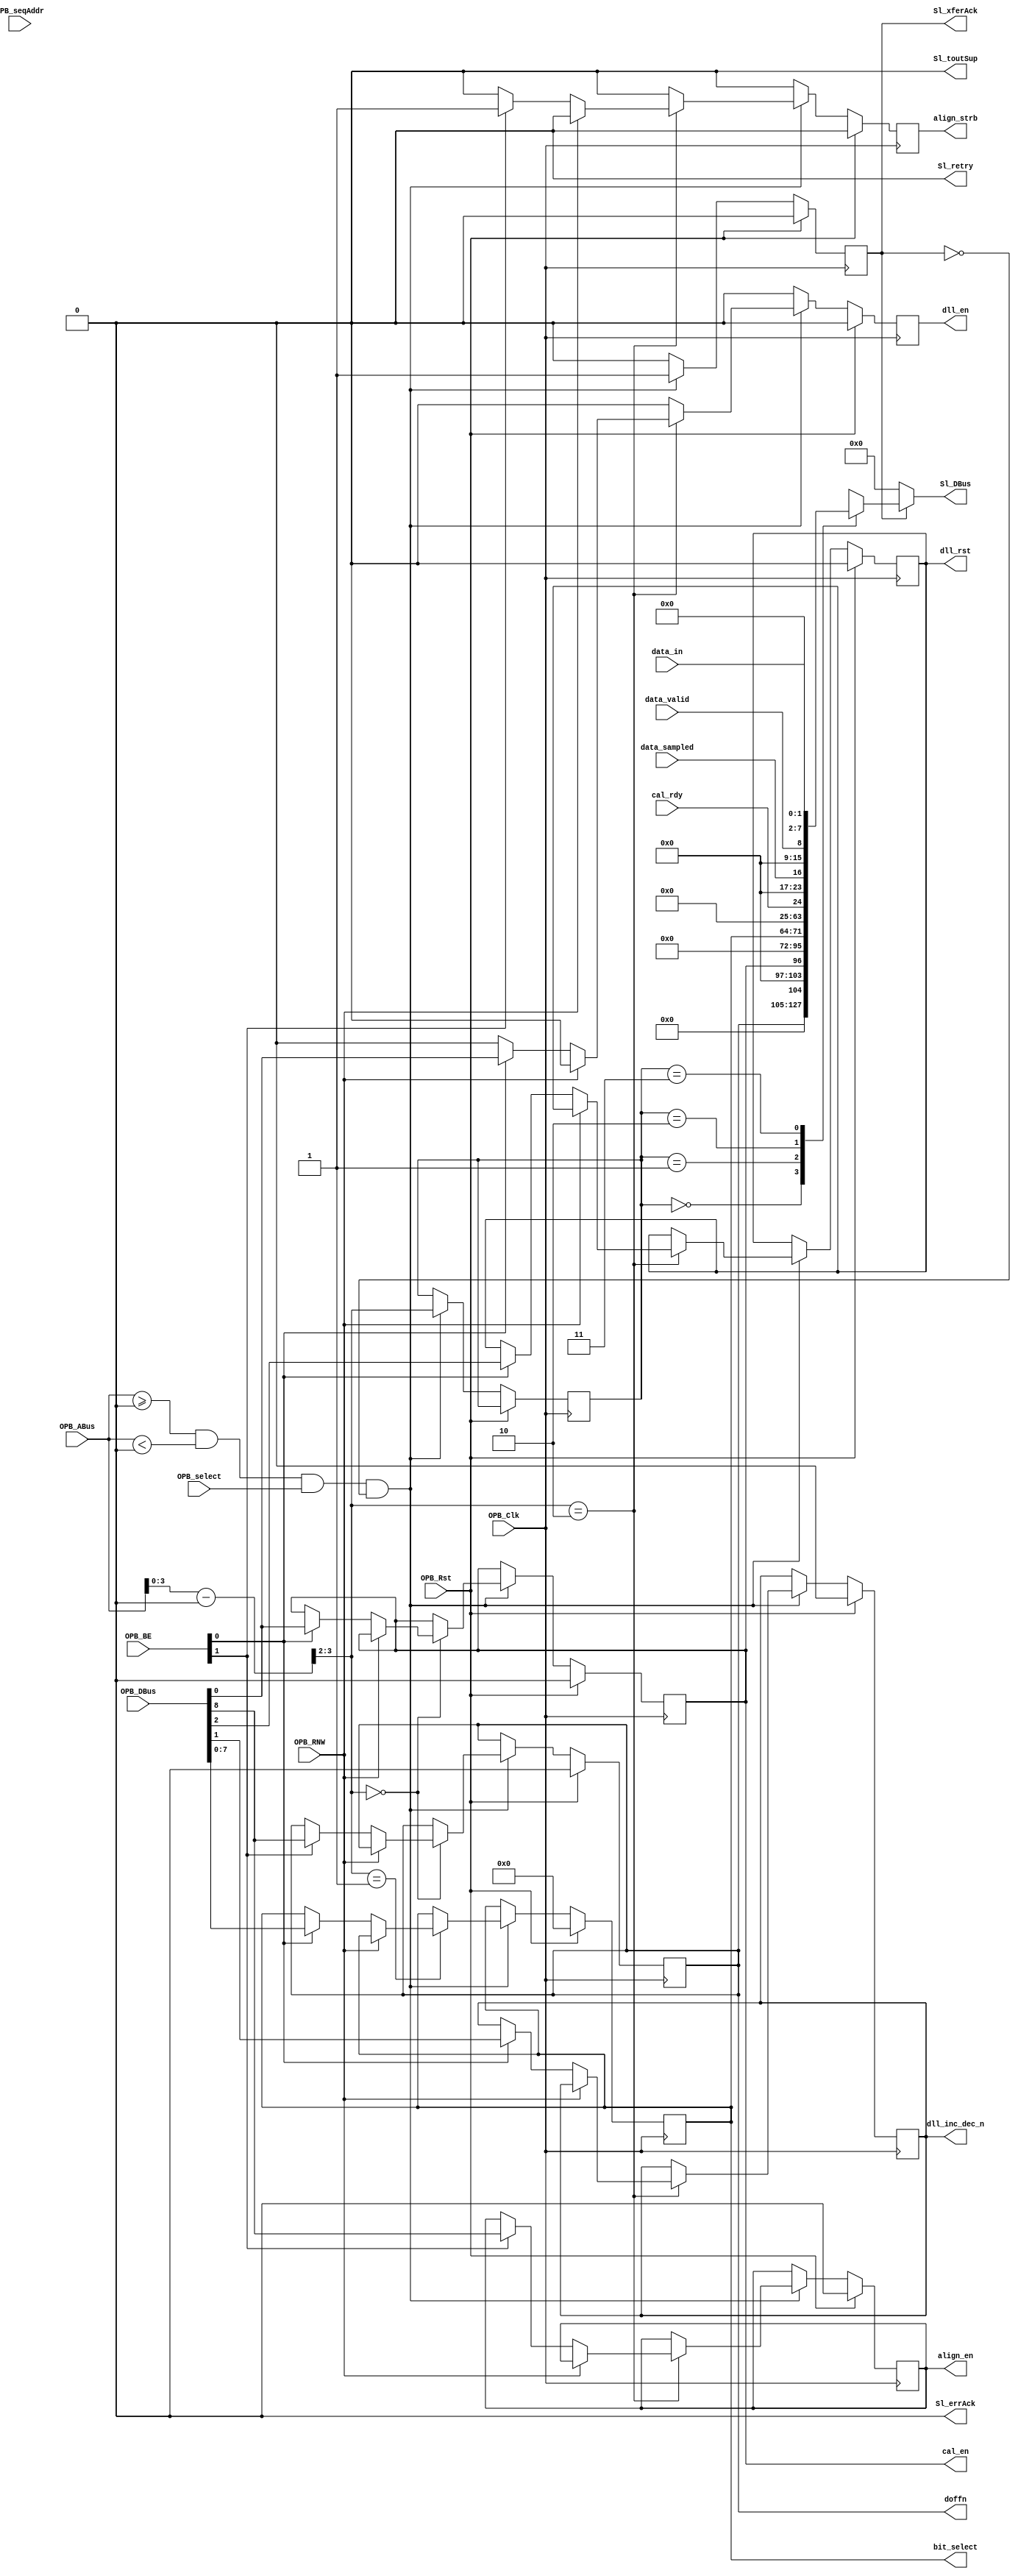
module opb_attach #(
    /* config IF */
    parameter C_BASEADDR     = 0,
    parameter C_HIGHADDR     = 0,
    parameter C_OPB_AWIDTH   = 0,
    parameter C_OPB_DWIDTH   = 0
  )(
    input         OPB_Clk,
    input         OPB_Rst,
    output [0:31] Sl_DBus,
    output        Sl_errAck,
    output        Sl_retry,
    output        Sl_toutSup,
    output        Sl_xferAck,
    input  [0:31] OPB_ABus,
    input  [0:3]  OPB_BE,
    input  [0:31] OPB_DBus,
    input         OPB_RNW,
    input         OPB_select,
    input         OPB_seqAddr,

    /* controls the qdr dll */
    output        doffn,
    /* Enable the software calibration */
    output        cal_en,
    /* Calibration setup is complete */
    input         cal_rdy,
    /* Select the bit that we are calibrating */
    output [7:0]  bit_select,
    /* strobe to tick IODELAY delay tap */
    output        dll_en,
    /* Direction of IO delay */
    output        dll_inc_dec_n,
    /* IODELAY value reset */
    output        dll_rst,
    /* Set to enable additional delay to compensate for half cycle delay */
    output        align_en,
    output        align_strb,
    /* Sampled value */
    input  [1:0]  data_in,
    /* has the value been sampled 32 times */
    input         data_sampled,
    /* has the value stayed valid after being sampled 32 times */
    input         data_valid
  );

  /************************** Registers *******************************/

  localparam REG_CTRL      = 0;
  localparam REG_BITINDEX  = 1;
  localparam REG_BITCTRL   = 2;
  localparam REG_BITSTATUS = 3;

  /**************** Control Registers OPB Attachment ******************/
  
  /* OPB Address Decoding */
  wire [31:0] opb_addr = OPB_ABus - C_BASEADDR;
  wire opb_sel = (OPB_ABus >= C_BASEADDR && OPB_ABus < C_HIGHADDR) && OPB_select;


  /* OPB Registers */
  reg Sl_xferAck_reg;
  reg [1:0] opb_data_sel;

  reg       cal_en_reg;
  reg       doffn_reg;
  reg [7:0] bit_select_reg;
  reg       dll_inc_dec_n_reg;
  reg       dll_en_reg;
  reg       dll_rst_reg;
  reg       align_en_reg;
  reg       align_strb_reg;

  always @(posedge OPB_Clk) begin
    /* Single cycle strobes */
    Sl_xferAck_reg <= 1'b0;
    dll_en_reg     <= 1'b0;
    align_strb_reg <= 1'b0;

    if (OPB_Rst) begin
      cal_en_reg        <= 1'b0;
      doffn_reg         <= 1'b0;
      bit_select_reg    <= 8'b0;
      dll_inc_dec_n_reg <= 1'b0;
      dll_rst_reg       <= 1'b0;
      align_en_reg      <= 1'b0;
    end else begin
      if (opb_sel && !Sl_xferAck_reg) begin
        Sl_xferAck_reg <= 1'b1;
        opb_data_sel   <= opb_addr[3:2];

        case (opb_addr[3:2])  /* convert byte to word addressing */
          REG_CTRL: begin
            if (!OPB_RNW) begin
              if (OPB_BE[2])
                doffn_reg <= OPB_DBus[23];
              if (OPB_BE[3])
                cal_en_reg <= OPB_DBus[31];
            end
          end
          REG_BITINDEX: begin
            if (!OPB_RNW) begin
              if (OPB_BE[3])
                bit_select_reg <= OPB_DBus[24:31];
            end
          end
          REG_BITCTRL: begin
            if (!OPB_RNW) begin
              if (OPB_BE[2]) begin
                align_en_reg <= OPB_DBus[23];
                align_strb_reg <= 1'b1;
              end
              if (OPB_BE[3]) begin
                dll_rst_reg <= OPB_DBus[29];
                dll_inc_dec_n_reg <= OPB_DBus[30];
                dll_en_reg <= OPB_DBus[31];
              end 
            end
          end
        endcase
      end
    end
  end

  assign cal_en         = cal_en_reg;
  assign doffn          = doffn_reg;
  assign bit_select     = bit_select_reg;
  assign dll_inc_dec_n  = dll_inc_dec_n_reg;
  assign dll_en         = dll_en_reg;
  assign dll_rst        = dll_rst_reg;
  assign align_en       = align_en_reg;
  assign align_strb     = align_strb_reg;

  /* Continuous Read Logic */
  reg [0:31] Sl_DBus_reg;

  always @(*) begin
    if (Sl_xferAck_reg) begin
      case (opb_data_sel) 
        REG_CTRL: begin
          Sl_DBus_reg <= {16'b0, 7'b0, doffn, 7'b0, cal_en};
        end
        REG_BITINDEX: begin
          Sl_DBus_reg <= {24'b0, bit_select};
        end
        REG_BITCTRL: begin
          Sl_DBus_reg <= 32'b0;
        end
        REG_BITSTATUS: begin
          Sl_DBus_reg <= {7'b0, cal_rdy, 7'b0, data_sampled, 7'b0, data_valid, 6'b0, data_in};
        end
        default: begin
          Sl_DBus_reg <= 32'b0;
        end
      endcase
    end else begin
      Sl_DBus_reg <= 32'b0;
    end
  end

  /* OPB output assignments */

  assign Sl_errAck   = 1'b0;
  assign Sl_retry    = 1'b0;
  assign Sl_toutSup  = 1'b0;
  assign Sl_xferAck  = Sl_xferAck_reg;
  assign Sl_DBus     = Sl_DBus_reg;

endmodule